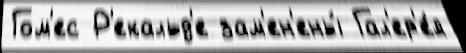
Гом'ес Р'екальд'е зам'ен'ены́ Гал'ер'е́я